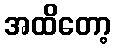
အထိတော့